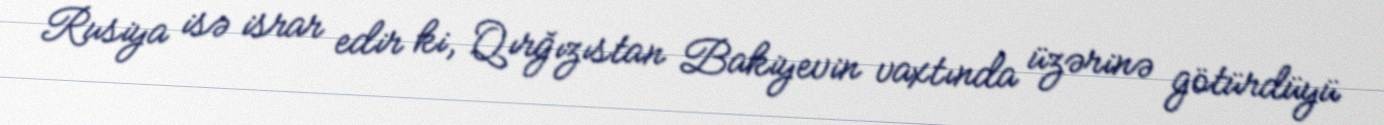
Rusiya isə israr edir ki, Qırğızıstan Bakiyevin vaxtında üzərinə götürdüyü